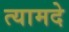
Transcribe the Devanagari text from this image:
त्यामदे